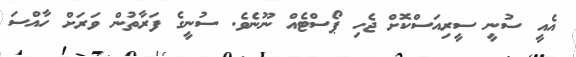
އެއީ ސުނީ ސީރިއަސްކޮށް ޖެހި ޕޯސްޓެއް ނޫނެވެ. ސުނީގެ ފަރާތުން ވަރަށް ހާއްސަ